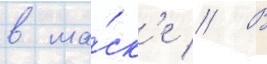
в ма́ск'е // В